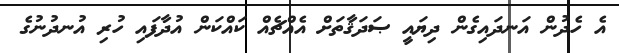
އެ ހެދުން އަނދައިގެން ދިޔައީ ޞަދަޤާތަށް އެއްޗެއް ކައްކަން އުދާފައި ހުރި އުނދުނުގެ